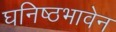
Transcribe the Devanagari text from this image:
घनिष्ठभावेन